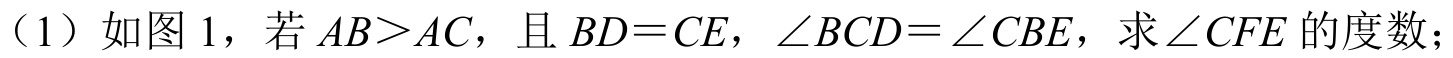
（1）如图 1，若 \(AB>AC\)，且 \(BD = CE\)，\(\angle BCD=\angle CBE\)，求 \(\angle CFE\) 的度数；